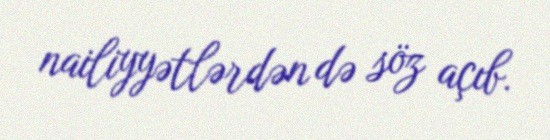
nailiyyətlərdən də söz açıb.